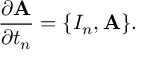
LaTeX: \frac { \partial \mathrm { { \bf A } } } { \partial t _ { n } } = \{ { \cal I } _ { n } , \mathrm { { \bf A } } \} .